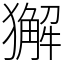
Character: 獬